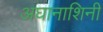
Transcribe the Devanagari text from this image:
अघानाशिनी